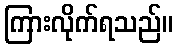
ကြားလိုက်ရသည်။